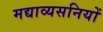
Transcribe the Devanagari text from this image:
मद्याव्यसनियों